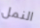
النمل